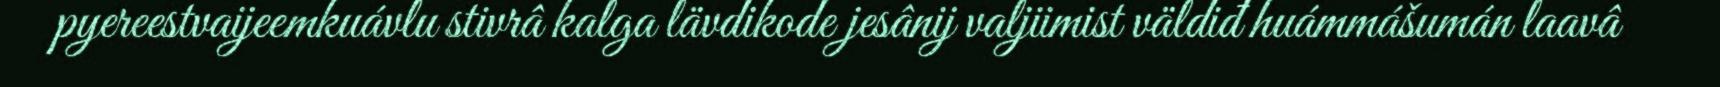
pyereestvaijeemkuávlu stivrâ kalga lävdikode jesânij valjiimist väldiđ huámmášumán laavâ